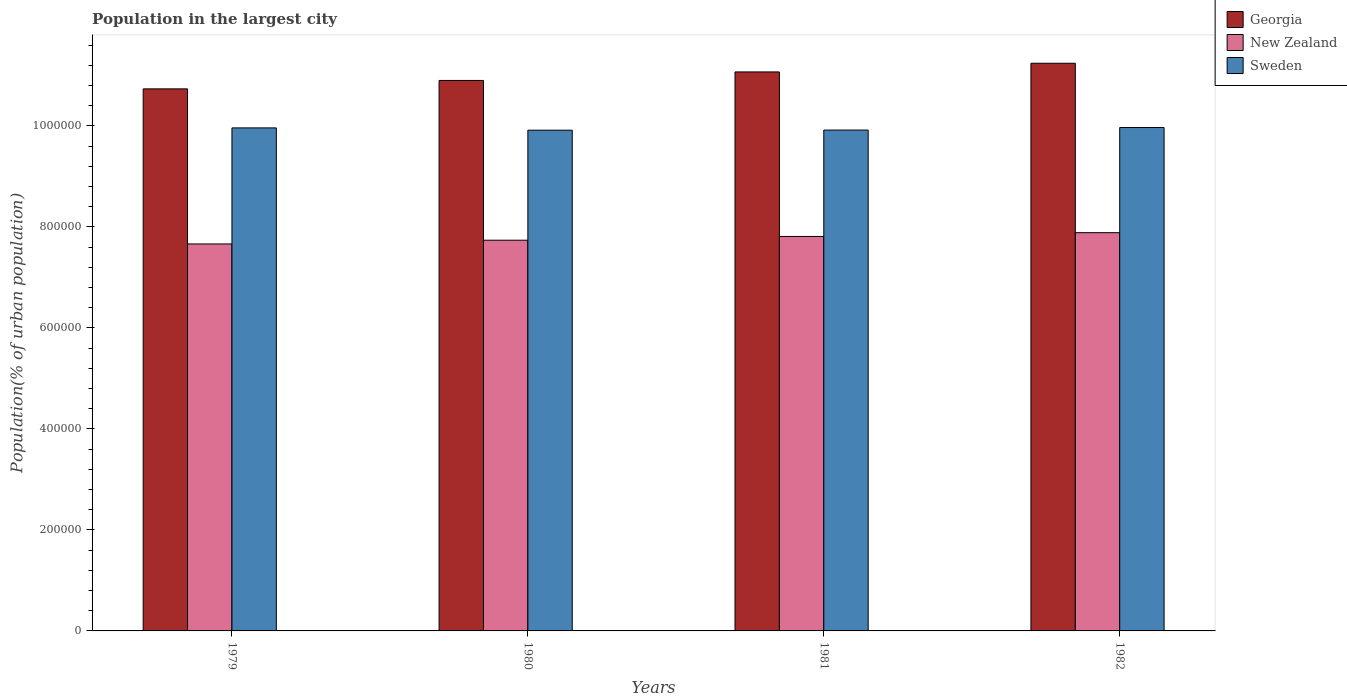
| Years | Georgia | New Zealand | Sweden |
 | --- | --- | --- | --- |
 | 1979 | 1.07e+06 | 7.66e+05 | 9.96e+05 |
 | 1980 | 1.09e+06 | 7.74e+05 | 9.92e+05 |
 | 1981 | 1.11e+06 | 7.81e+05 | 9.92e+05 |
 | 1982 | 1.12e+06 | 7.89e+05 | 9.97e+05 |